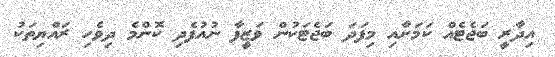
އިދާރީ ބަޖެޓެއް ކަމަށާއި މިފަދަ ބަޖެޓަކުން ވަޒީފާ ނުއުފެދި ކޮންމެ ދިވެހި ރައްޔިތަކު